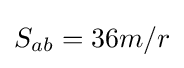
S_{ab}=36m/r